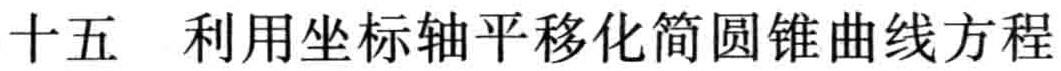
十五 利用坐标轴平移化简圆锥曲线方程